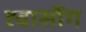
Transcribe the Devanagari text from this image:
ह्वासोंग